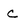
Character: c